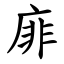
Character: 䨾